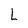
Character: L